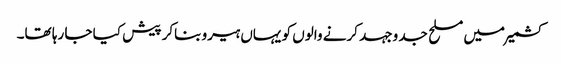
کشمیرمیں مسلح جد وجہد کرنے والوں کو یہاں ہیرو بناکر پیش کیا جا رہا تھا۔